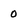
Character: 0